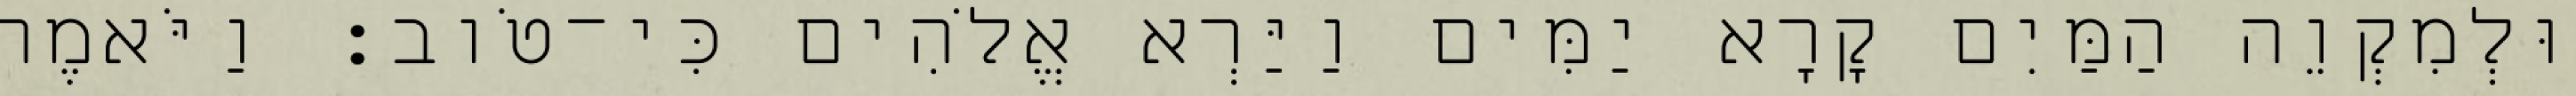
וּלְמִקְוֵה הַמַּיִם קָרָא יַמִּים וַיַּרְא אֱלֹהִים כִּי־טֹוב׃ וַיֹּאמֶר